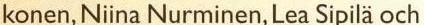
konen, Niina Nurminen, Lea Sipilä och